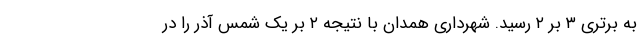
به برتری ۳ بر ۲ رسید. شهرداری همدان با نتیجه ۲ بر یک شمس آذر را در